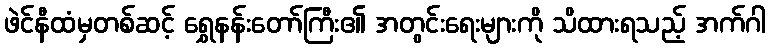
ဖဲင်နီထံမှတစ်ဆင့် ရွှေနန်းတော်ကြီး၏ အတွင်းရေးများကို သိထားရသည့် အက်ဂါ